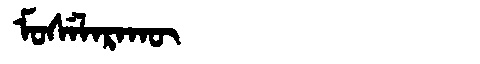
Manchu: ᠮᠣᠰᡝᠯᠠᡵᠠᡴᡡ
Romanization: MOSELARAKŪ